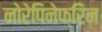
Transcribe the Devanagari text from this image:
नोरेपिनेफ्रिन